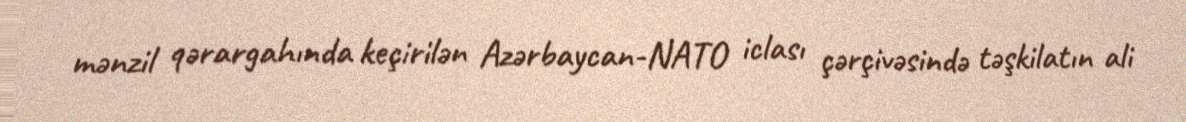
mənzil qərargahında keçirilən Azərbaycan-NATO iclası çərçivəsində təşkilatın ali